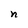
Character: n